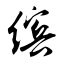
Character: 缤